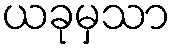
ယခုမှသာ